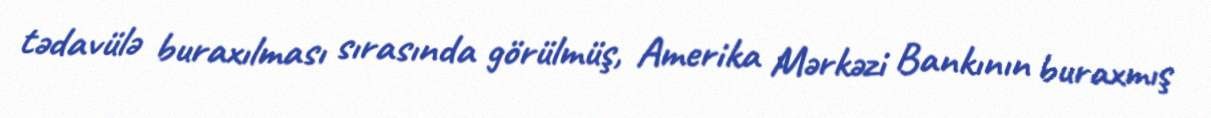
tədavülə buraxılması sırasında görülmüş, Amerika Mərkəzi Bankının buraxmış